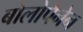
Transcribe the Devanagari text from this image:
बोलोपैनेन